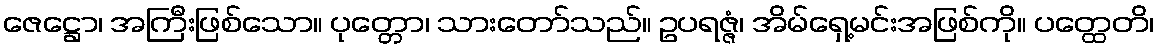
ဇေဋ္ဌော၊ အကြီးဖြစ်သော။ ပုတ္တော၊ သားတော်သည်။ ဥပရဇ္ဇံ၊ အိမ်ရှေ့မင်းအဖြစ်ကို။ ပတ္ထေတိ၊